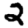
Digit: 2